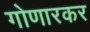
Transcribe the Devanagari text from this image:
गोणारकर